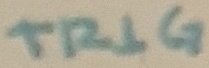
Text: TRIG